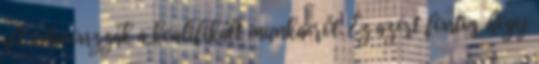
sőt odavonzzák a kvalifikált munkaerőt. Ez azért fontos, hogy